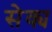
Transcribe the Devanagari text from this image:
सेक्य